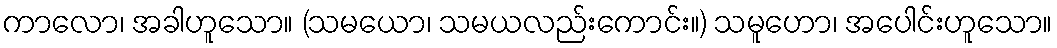
ကာလော၊ အခါဟူသော။ (သမယော၊ သမယလည်းကောင်း။) သမူဟော၊ အပေါင်းဟူသော။